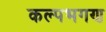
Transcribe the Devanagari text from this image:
कल्पभगण